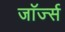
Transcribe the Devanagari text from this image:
जाॅर्ज्स